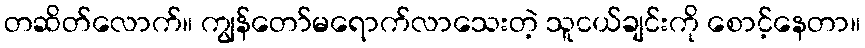
တဆိတ်လောက်။ ကျွန်တော်မရောက်လာသေးတဲ့ သူငယ်ချင်းကို စောင့်နေတာ။